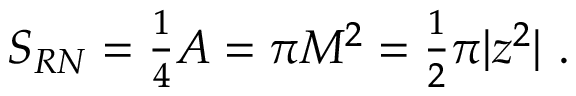
S _ { R N } = { \textstyle \frac { 1 } { 4 } } A = \pi M ^ { 2 } = { \textstyle \frac { 1 } { 2 } } \pi | z ^ { 2 } | \ .